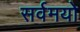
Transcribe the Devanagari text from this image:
सर्वमयो